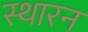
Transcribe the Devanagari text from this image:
स्थारन